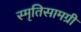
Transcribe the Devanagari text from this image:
स्मृतिसामग्री